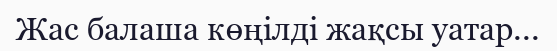
Жас балаша көңілді жақсы уатар...